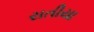
રાતીયા